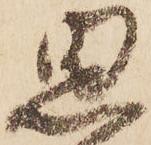
思